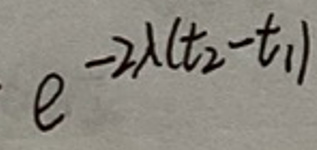
$e^{-2\lambda(t_2 - t_1)}$